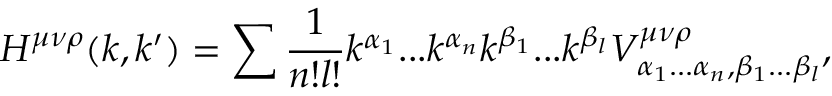
H ^ { \mu \nu \rho } ( k , k ^ { \prime } ) = \sum \frac { 1 } { n ! l ! } k ^ { \alpha _ { 1 } } . . . k ^ { \alpha _ { n } } k ^ { \beta _ { 1 } } . . . k ^ { \beta _ { l } } V _ { \alpha _ { 1 } . . . \alpha _ { n } , \beta _ { 1 } . . . \beta _ { l } } ^ { \mu \nu \rho } ,